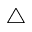
\triangle